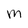
Character: M